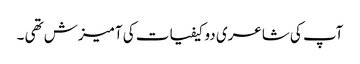
آپ کی شاعری دو کیفیات کی آمیزش تھی ۔